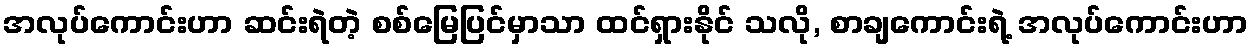
အလုပ်ကောင်းဟာ ဆင်းရဲတဲ့ စစ်မြေပြင်မှာသာ ထင်ရှားနိုင် သလို, စာချကောင်းရဲ့ အလုပ်ကောင်းဟာ